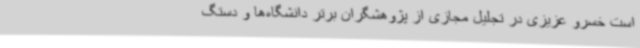
است خسرو عزیزی در تجلیل مجازی از پژوهشگران برتر دانشگاه‌ها و دستگ